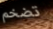
تضخم